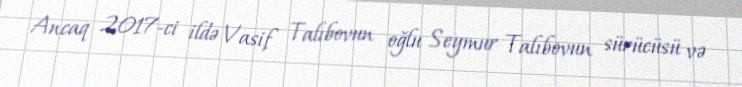
Ancaq 2017-ci ildə Vasif Talıbovun oğlu Seymur Talıbovun sürücüsü və